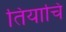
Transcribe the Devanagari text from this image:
तियाचि